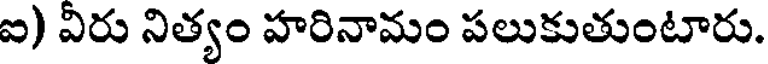
ఐ) విరు నిత్యం హరినామం పలుకుతుంటారు.